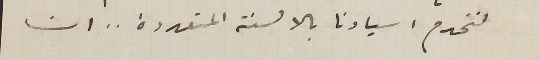
لنخدم اسيادنا بالالسنة المتعددة.. ان